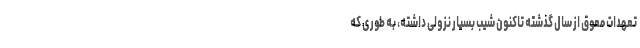
تعهدات معوق از سال گذشته تاکنون شیب بسیار نزولی داشته، به طوری که